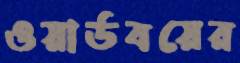
ওয়ার্ডবয়ের